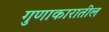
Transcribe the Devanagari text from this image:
गुणाकारातील